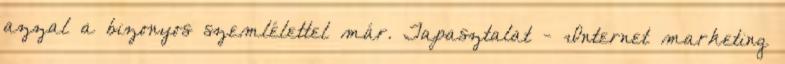
azzal a bizonyos szemlélettel már. Tapasztalat - Internet marketing